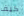
كيف